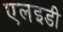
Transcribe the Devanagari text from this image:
एलइडी